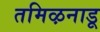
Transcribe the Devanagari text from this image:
तमिऴनाडू